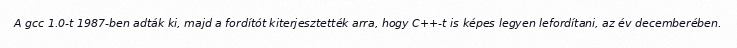
A gcc 1.0-t 1987-ben adták ki, majd a fordítót kiterjesztették arra, hogy C++-t is képes legyen lefordítani, az év decemberében.